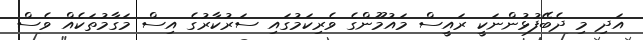
އަދި މި ދެބޭފުޅުންނަކީ ރައީސް މައުމޫންގެ ވެރިކަމުގައި ސަރުކާރުގެ އިސް މަގާމުތަކެއް ވެސް